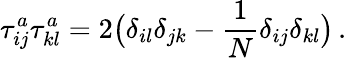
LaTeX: \tau_{ij}^{a}\tau_{kl}^{a}=2\big(\delta_{il}\delta_{jk}-\frac{1}{N}\delta_{ij}\delta_{kl}\big)\, .